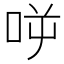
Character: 𠱘